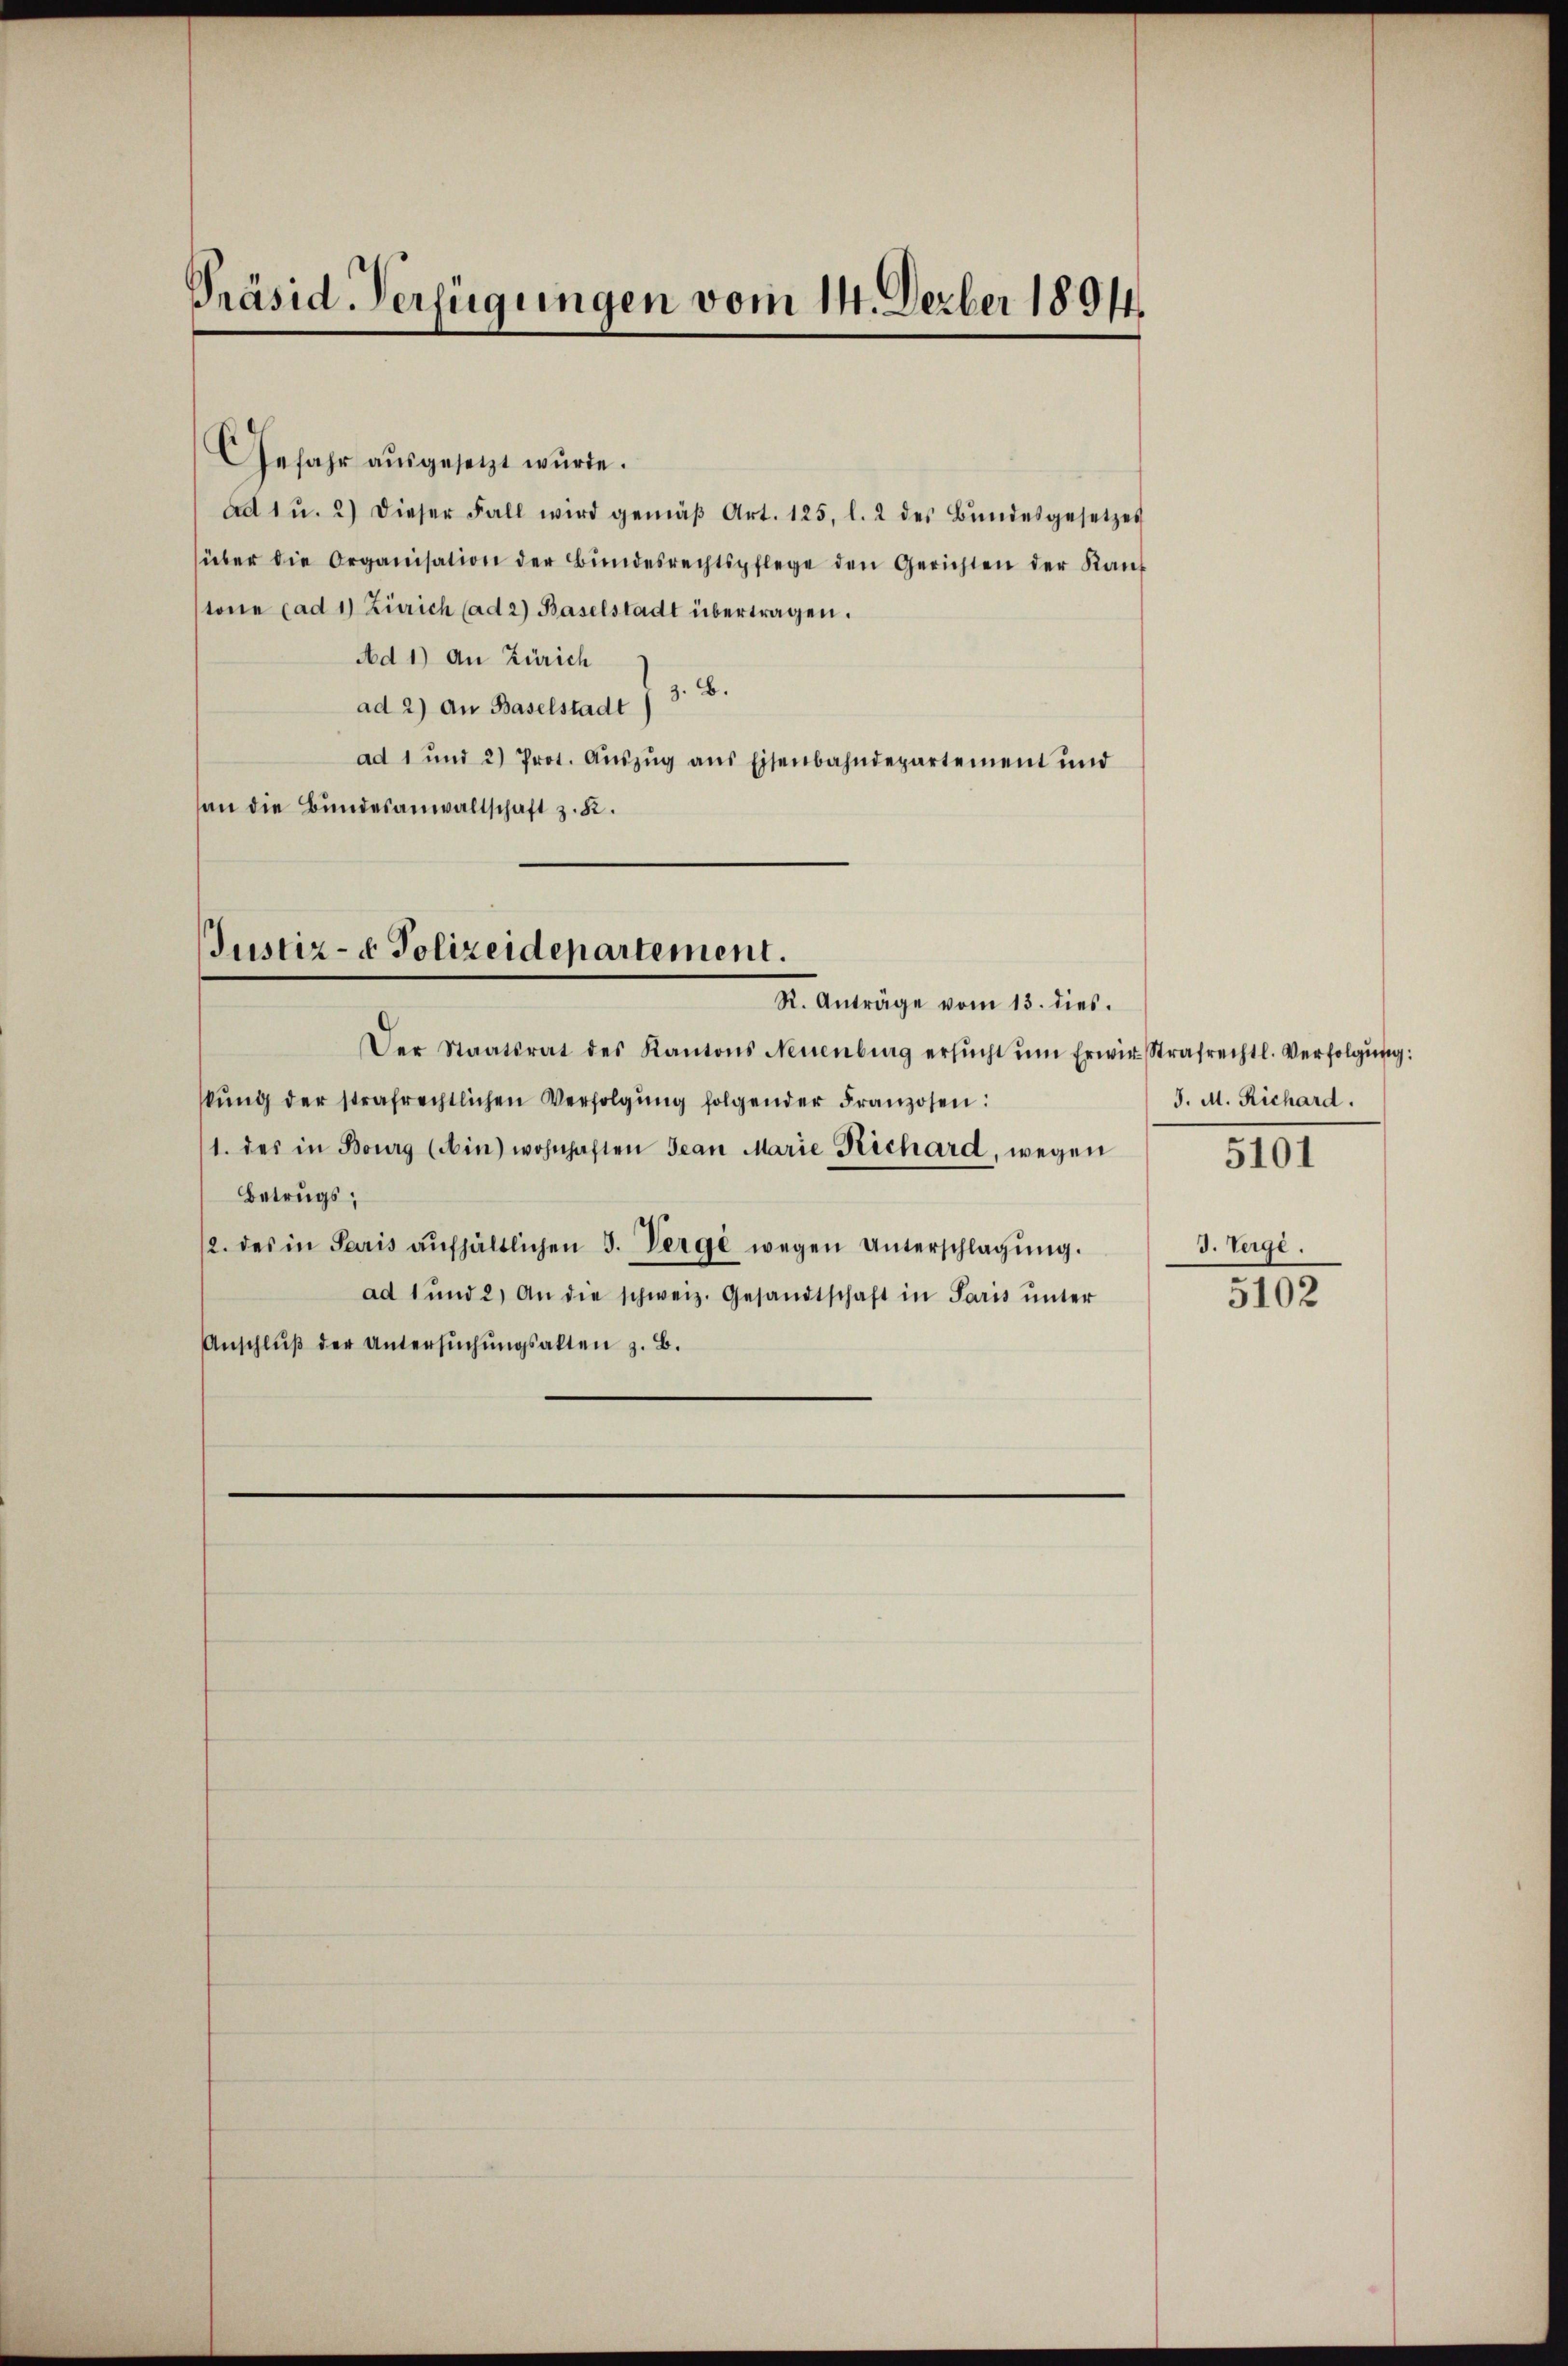
Präsid. Verfügungen vom 14. Derber 1894.

Gefahr ausgesetzt wurde.
ad 1 u. 2) dieser Fall wird gemäβ Art. 125. l. 2 des Bŭndesgesetzes
über die Organisation der Bŭndesrechtspflege den Gerichten der Kaŭf
tone (ad 1) Zürich (ad 2) Baselstadt übertragen.
Ad 1) An Zürich
ad 2) an Baselstadt § 3. B.
ad 1 und 2) Prot. Aŭszŭg ans Eisenbahndepartement und
an die Bundesanwaltschaft z. R.

Der Staatsrat des Kantons Neuenburg ersŭcht ŭm Erwir Strafrechtl. Verfolgŭng:
kŭng der strafrechtlichen Verfolgŭng folgender Franzosen:
1. des in Bourg (Ain) wohnhaften Jean Marie Richard, wegen
Betrugs;
2. des in Paris aŭfhältlichen 3. Verge wegen Unterschlagŭng.
ad 1 und 2) An die schweiz. Gesandtschaft in Paris ŭnter
Anschlŭβ der Untersŭchŭngsakten z. B.

Justiz- & Polizeidepartement.
R. Anträge vom 13. dies.

J. M. Richard.

5101

J. Verge.

5102